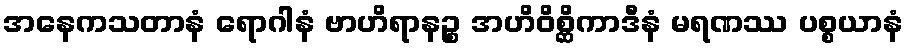
အနေကသတာနံ ရောဂါနံ ဗာဟိရာနဉ္စ အဟိဝိစ္ဆိကာဒီနံ မရဏဿ ပစ္စယာနံ